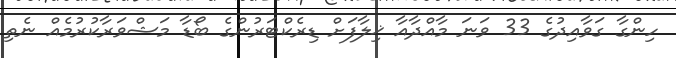
ހިންގާ ގަވާއިދުގެ 33 ވަނަ މާއްދާއާ ޚިލާފަށް ޑިރެކްޓަރުންގެ ބޯޑާ މަޝްވަރާކުރުމެއް ނެތި